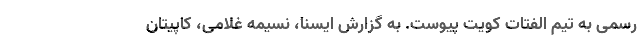
رسمی به تیم الفتات کویت پیوست. به گزارش ایسنا، نسیمه غلامی، کاپیتان